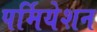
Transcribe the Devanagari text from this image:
पर्मियेशन